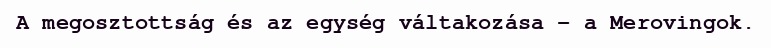
A megosztottság és az egység váltakozása – a Merovingok.